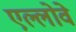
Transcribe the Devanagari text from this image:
एल्लोवे